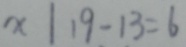
x \vert 1 9 - 1 3 = 6